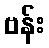
ဗန်း